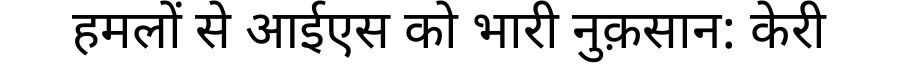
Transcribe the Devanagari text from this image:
हमलों से आईएस को भारी नुक़सान: केरी